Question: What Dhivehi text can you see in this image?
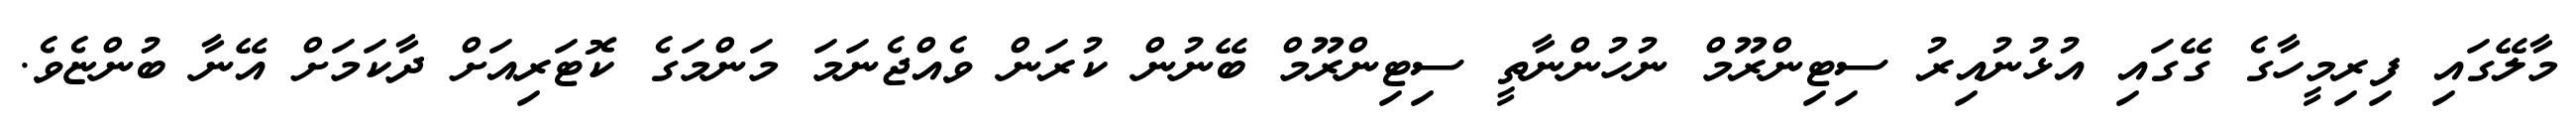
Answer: މާލޭގައި ފިރިމީހާގެ ގޭގައި އުޅުނުއިރު ސިޓިންރޫމް ނުހުންނާތީ ސިޓިންރޫމް ބޭނުން ކުރަން ވެއްޖެނަމަ މަންމަގެ ކޮޓަރިއަށް ދާކަމަށް އޭނާ ބުންޏެވެ.